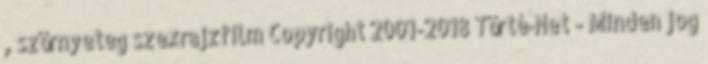
, szörnyeteg szexrajzfilm Copyright 2001-2018 Törté-Net - Minden jog